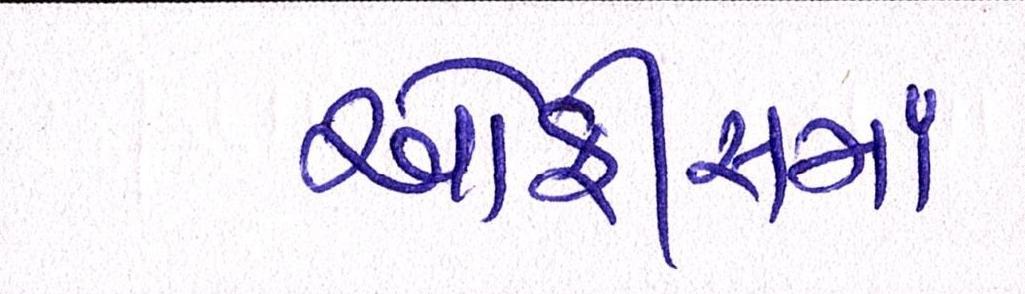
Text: ઓફીસમાં